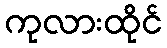
ကုလားထိုင်